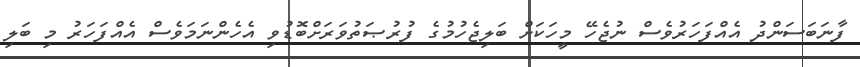
ފާނަބަސަންދު އެއްފަހަރުވެސް ނުޖެހޭ މީހަކަށް ބަލިޖެހުމުގެ ފުރުޞަތުވަރަށްބޮޑުވި އެހެންނަމަވެސް އެއްފަހަރު މި ބަލި